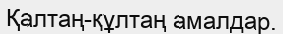
Қалтаң-құлтаң амалдар.